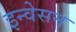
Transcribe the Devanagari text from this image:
इन्वेसन